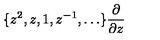
\{ z ^ { 2 } , z , 1 , z ^ { - 1 } , \ldots \} \frac { \partial } { \partial z }